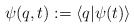
\begin{align*}\psi (q,t):=\left< q|\psi (t)\right>\end{align*}